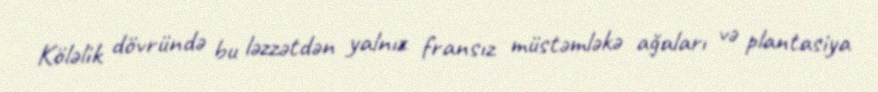
Köləlik dövründə bu ləzzətdən yalnız fransız müstəmləkə ağaları və plantasiya